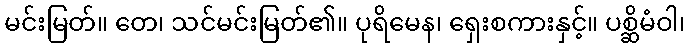
မင်းမြတ်။ တေ၊ သင်မင်းမြတ်၏။ ပုရိမေန၊ ရှေးစကားနှင့်။ ပစ္ဆိမံဝါ၊